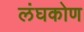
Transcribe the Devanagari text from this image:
लंघकोण